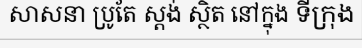
សាសនា ប្រូតែ ស្តង់ ស្ថិត នៅក្នុង ទីក្រុង